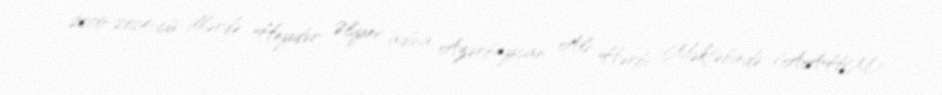
2010-2014-cü illərdə Heydər Əliyev adına Azərbaycan Ali Hərbi Məktəbində (AAHM)